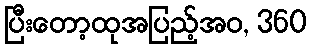
ပြီးတော့ထုအပြည့်အဝ, 360